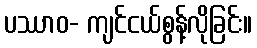
ပဿာဝ- ကျင်ငယ်စွန့်လိုခြင်း။